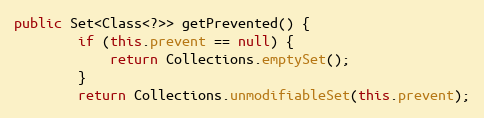
Language: Java
public Set<Class<?>> getPrevented() {
        if (this.prevent == null) {
            return Collections.emptySet();
        }
        return Collections.unmodifiableSet(this.prevent);